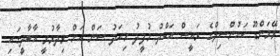
ވޭމަންޑޫ ކައުންސިލްގެ ރައީސް އަބްދު މުފީދު މިއަދު ސަން އަށް ވިދާޅުވީ އާބާދީގައި